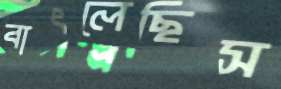
বাৎলেছিস